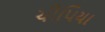
ચીપિયા